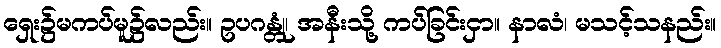
ရှေး၌မကပ်မူ၌လည်း။ ဥပဂန္တုံ၊ အနီးသို့ ကပ်ခြင်းငှာ။ နာလံ၊ မသင့်သနည်း။